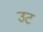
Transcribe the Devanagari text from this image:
उट